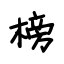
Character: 榜